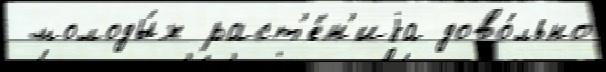
 молоды́х раст'е́н'иjа дово́льно